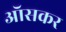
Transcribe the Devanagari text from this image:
ऑसकर